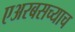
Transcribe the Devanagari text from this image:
एअरबसच्याच